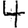
Digit: 4